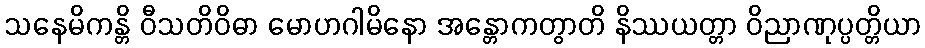
သနေမိကန္တိ ဝီသတိဝိဓာ မောဟဂါမိနော အန္တောကတွာတိ နိဿယတ္တာ ဝိညာဏုပ္ပတ္တိယာ